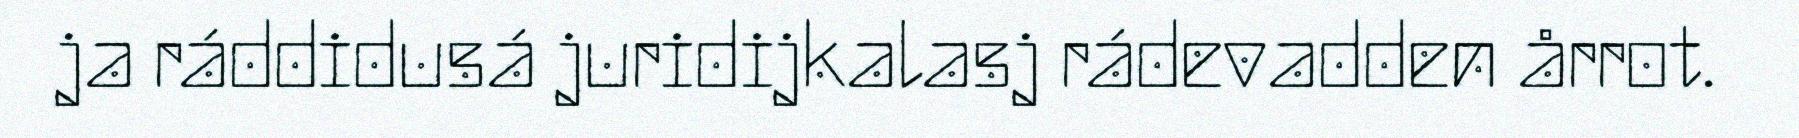
ja ráddidusá juridijkalasj rádevadden årrot.